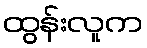
ထွန်းလူက